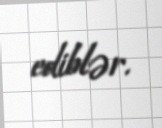
ediblər.